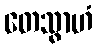
တေသွာဟံ